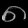
Digit: ၈